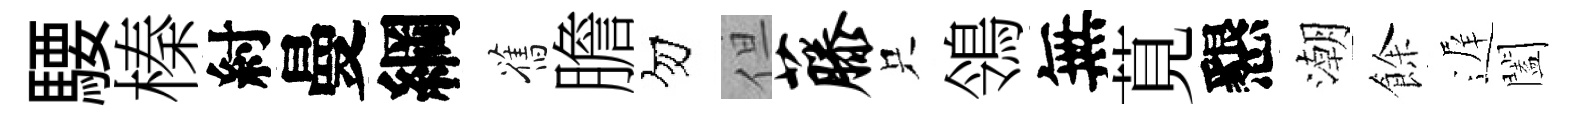
騕榛紂曼綱舊膽勿但藤只鴒無莧懇潮餘遅闔